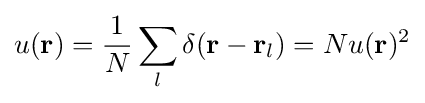
u({\textbf {r}})={\frac {1}{N}}\sum _{l}\delta ({\textbf {r}}-{\textbf {r}}_{l})=Nu({\textbf {r}})^{2}